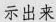
示出来